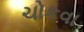
ચોકવા